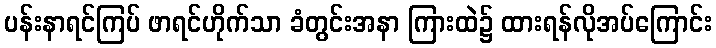
ပန်းနာရင်ကြပ် ဖာရင်ဟိုက်သာ ခံတွင်းအနာ ကြားထဲ၌ ထားရန်လိုအပ်ကြောင်း